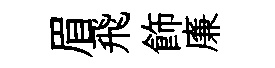
眉飛飾廉